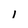
Character: 1